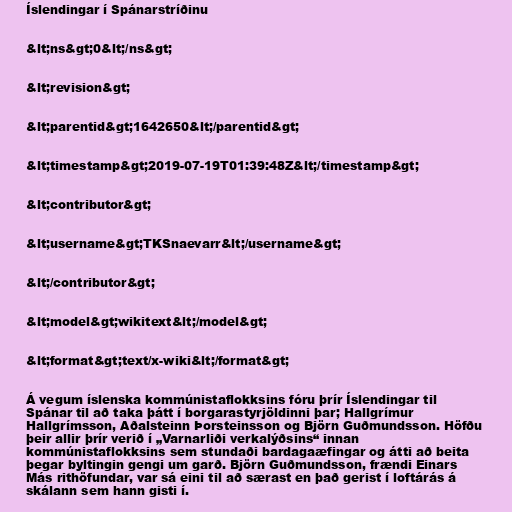
Íslendingar í Spánarstríðinu

&lt;ns&gt;0&lt;/ns&gt;

&lt;revision&gt;

&lt;parentid&gt;1642650&lt;/parentid&gt;

&lt;timestamp&gt;2019-07-19T01:39:48Z&lt;/timestamp&gt;

&lt;contributor&gt;

&lt;username&gt;TKSnaevarr&lt;/username&gt;

&lt;/contributor&gt;

&lt;model&gt;wikitext&lt;/model&gt;

&lt;format&gt;text/x-wiki&lt;/format&gt;

Á vegum íslenska kommúnistaflokksins fóru þrír Íslendingar til
Spánar til að taka þátt í borgarastyrjöldinni þar; Hallgrímur
Hallgrímsson, Aðalsteinn Þorsteinsson og Björn Guðmundsson. Höfðu
þeir allir þrír verið í „Varnarliði verkalýðsins“ innan
kommúnistaflokksins sem stundaði bardagaæfingar og átti að beita
þegar byltingin gengi um garð. Björn Guðmundsson, frændi Einars
Más rithöfundar, var sá eini til að særast en það gerist í loftárás á
skálann sem hann gisti í.